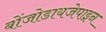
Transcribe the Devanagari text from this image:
बोंजोडायजेपाइन